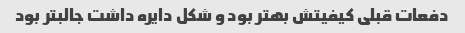
دفعات قبلی کیفیتش بهتر بود و شکل دایره داشت جالبتر بود